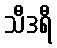
သီဒရီ